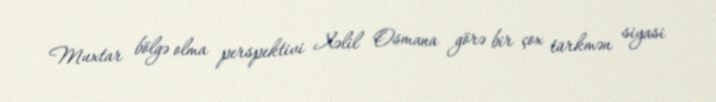
Muxtar bölgə olma perspektivi Xəlil Osmana görə bir çox türkmən siyasi